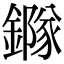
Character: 䥙